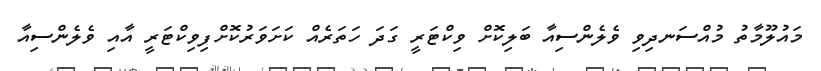
މައުލޫމާތު މުއްސަނދިވި ވެލެންސިއާ ބަލިކޮށް ވިކްޓަރީ ގަދަ ހަތަރެއް ކަށަވަރުކޮށްފިވިކްޓަރީ އާއި ވެލެންސިއާ